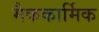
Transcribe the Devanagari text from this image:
मैककार्मिक